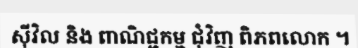
ស៊ីវិល និង ពាណិជ្ជកម្ម ជុំវិញ ពិភពលោក ។